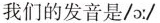
我们的发音是/ɔ:/